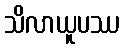
သိလာယူပဿ